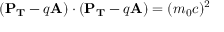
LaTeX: ( \mathbf { P _ { T } } - q \mathbf { A } ) \cdot ( \mathbf { P _ { T } } - q \mathbf { A } ) = ( m _ { 0 } c ) ^ { 2 }